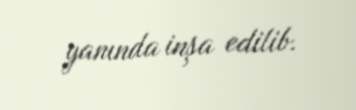
yanında inşa edilib.